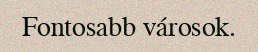
Fontosabb városok.